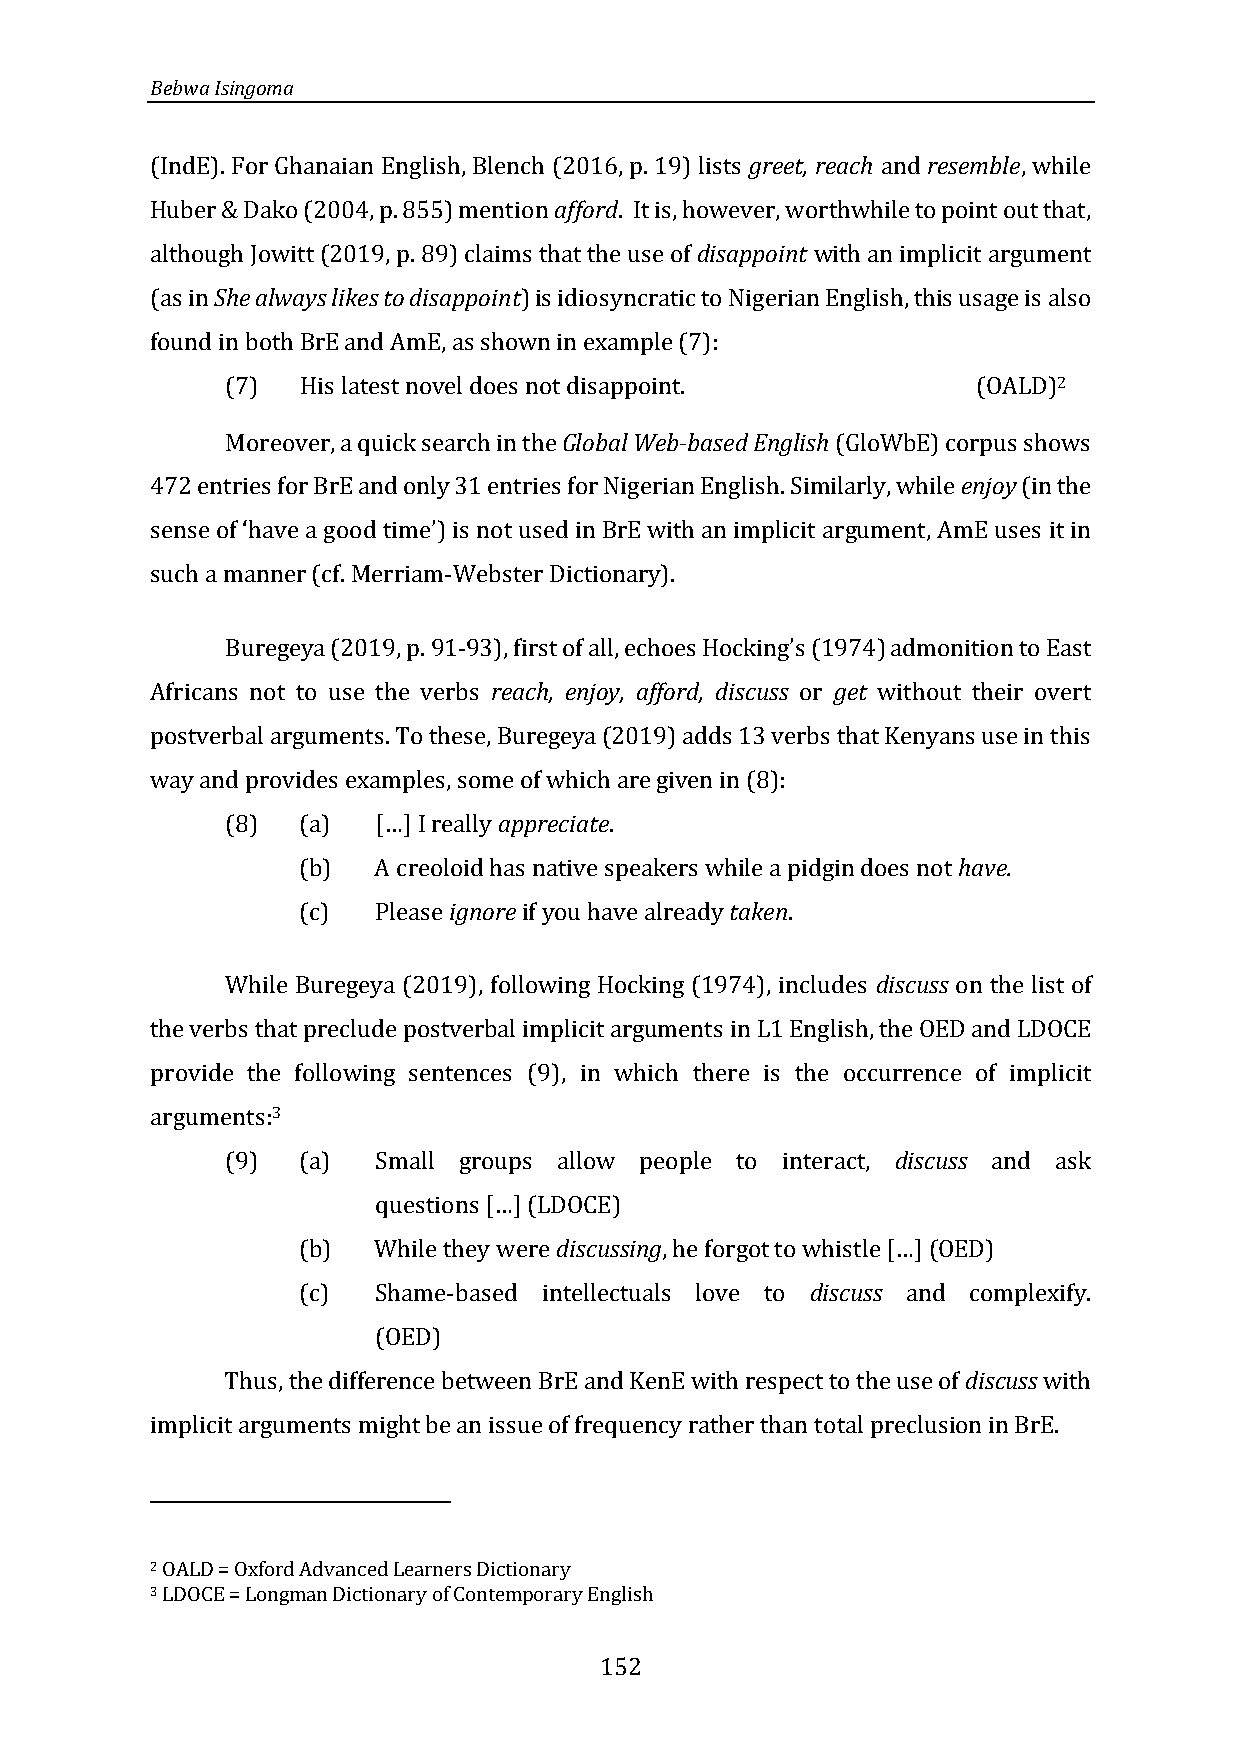
Bebwa Isingoma
 (IndE). For Ghanaian English, Blench (2016, p. 19) lists greet, reach and resemble, while
 Huber & Dako (2004, p. 855) mention afford. It is, however, worthwhile to point out that,
 although Jowitt (2019, p. 89) claims that the use of disappoint with an implicit argument
 (as in She always likes to disappoint) is idiosyncratic to Nigerian English, this usage is also
 found in both BrE and AmE, as shown in example (7):
 (7)  His latest novel does not disappoint.        (OALD)2
 Moreover, a quick search in the Global Web-based English (GloWbE) corpus shows
 472 entries for BrE and only 31 entries for Nigerian English. Similarly, while enjoy (in the
 it in
 such a manner (cf. Merriam-Webster Dictionary).
 sense of ‘have a good time’) is not used in BrE with an implicit argument, AmE uses
 Buregeya (2019, p. 91-93), first of all, echoes ) admonition to East
 Africans not to use the verbs reach, enjoy, afford, discuss or get without their overt
 Hocking’s (1974
 postverbal arguments. To these, Buregeya (2019) adds 13 verbs that Kenyans use in this
 way and provides examples, some of which are given in (8):
 (8)  (a)    ] I really appreciate.
 (b)  A creoloid has native speakers while a pidgin does not have.
 […
 (c)  Please ignore if you have already taken.
 While Buregeya (2019), following Hocking (1974), includes discuss on the list of
 the verbs that preclude postverbal implicit arguments in L1 English, the OED and LDOCE
 provide the following sentences (9), in which there is the occurrence of implicit
 arguments:3
 (9)  (a)  Small groups allow people to interact, discuss and ask
 questions [ ] (LDOCE)
 (b)  While they were discussing, he forgot to whistle [ ] (OED)
 …
 (c)  Shame-based intellectuals love to discuss and complexify.
 …
 (OED)
 Thus, the difference between BrE and KenE with respect to the use of discuss with
 implicit arguments might be an issue of frequency rather than total preclusion in BrE.
 2 OALD = Oxford Advanced Learners Dictionary
 3 LDOCE = Longman Dictionary of Contemporary English
 152